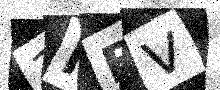
Text: 3NBV